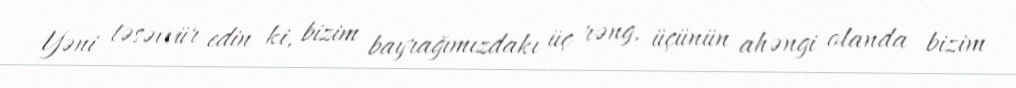
Yəni təsəvvür edin ki, bizim bayrağımızdakı üç rəng, üçünün ahəngi olanda bizim